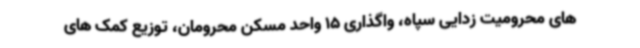
های محرومیت زدایی سپاه، واگذاری 15 واحد مسکن محرومان، توزیع کمک های